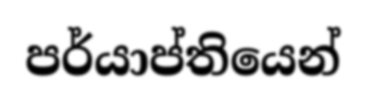
පර්යාප්තියෙන්